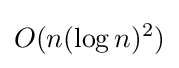
O(n(\log n)^{2})